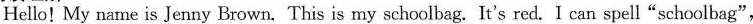
Hello! My name is Jenny Brown. This is my schoolbag. It's red. I can spell"schoolbag",